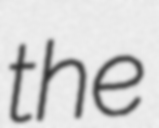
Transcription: the